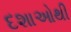
દશાઓથી